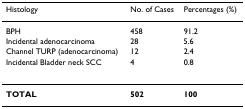
<table><thead><tr><td><b>Histology</b></td><td><b>No. of Cases</b></td><td><b>Percentages (%)</b></td></tr></thead><tbody><tr><td>BPH</td><td>458</td><td>91.2</td></tr><tr><td>Incidental adenocarcinoma</td><td>28</td><td>5.6</td></tr><tr><td>Channel TURP (adenocarcinoma)</td><td>12</td><td>2.4</td></tr><tr><td>Incidental Bladder neck SCC</td><td>4</td><td>0.8</td></tr><tr><td><b>TOTAL</b></td><td><b>502</b></td><td><b>100</b></td></tr></tbody></table>